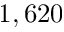
1 , 6 2 0